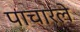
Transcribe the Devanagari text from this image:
पाचारले